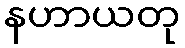
နဟာယတု